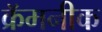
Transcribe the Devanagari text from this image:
क्रॅमनीक